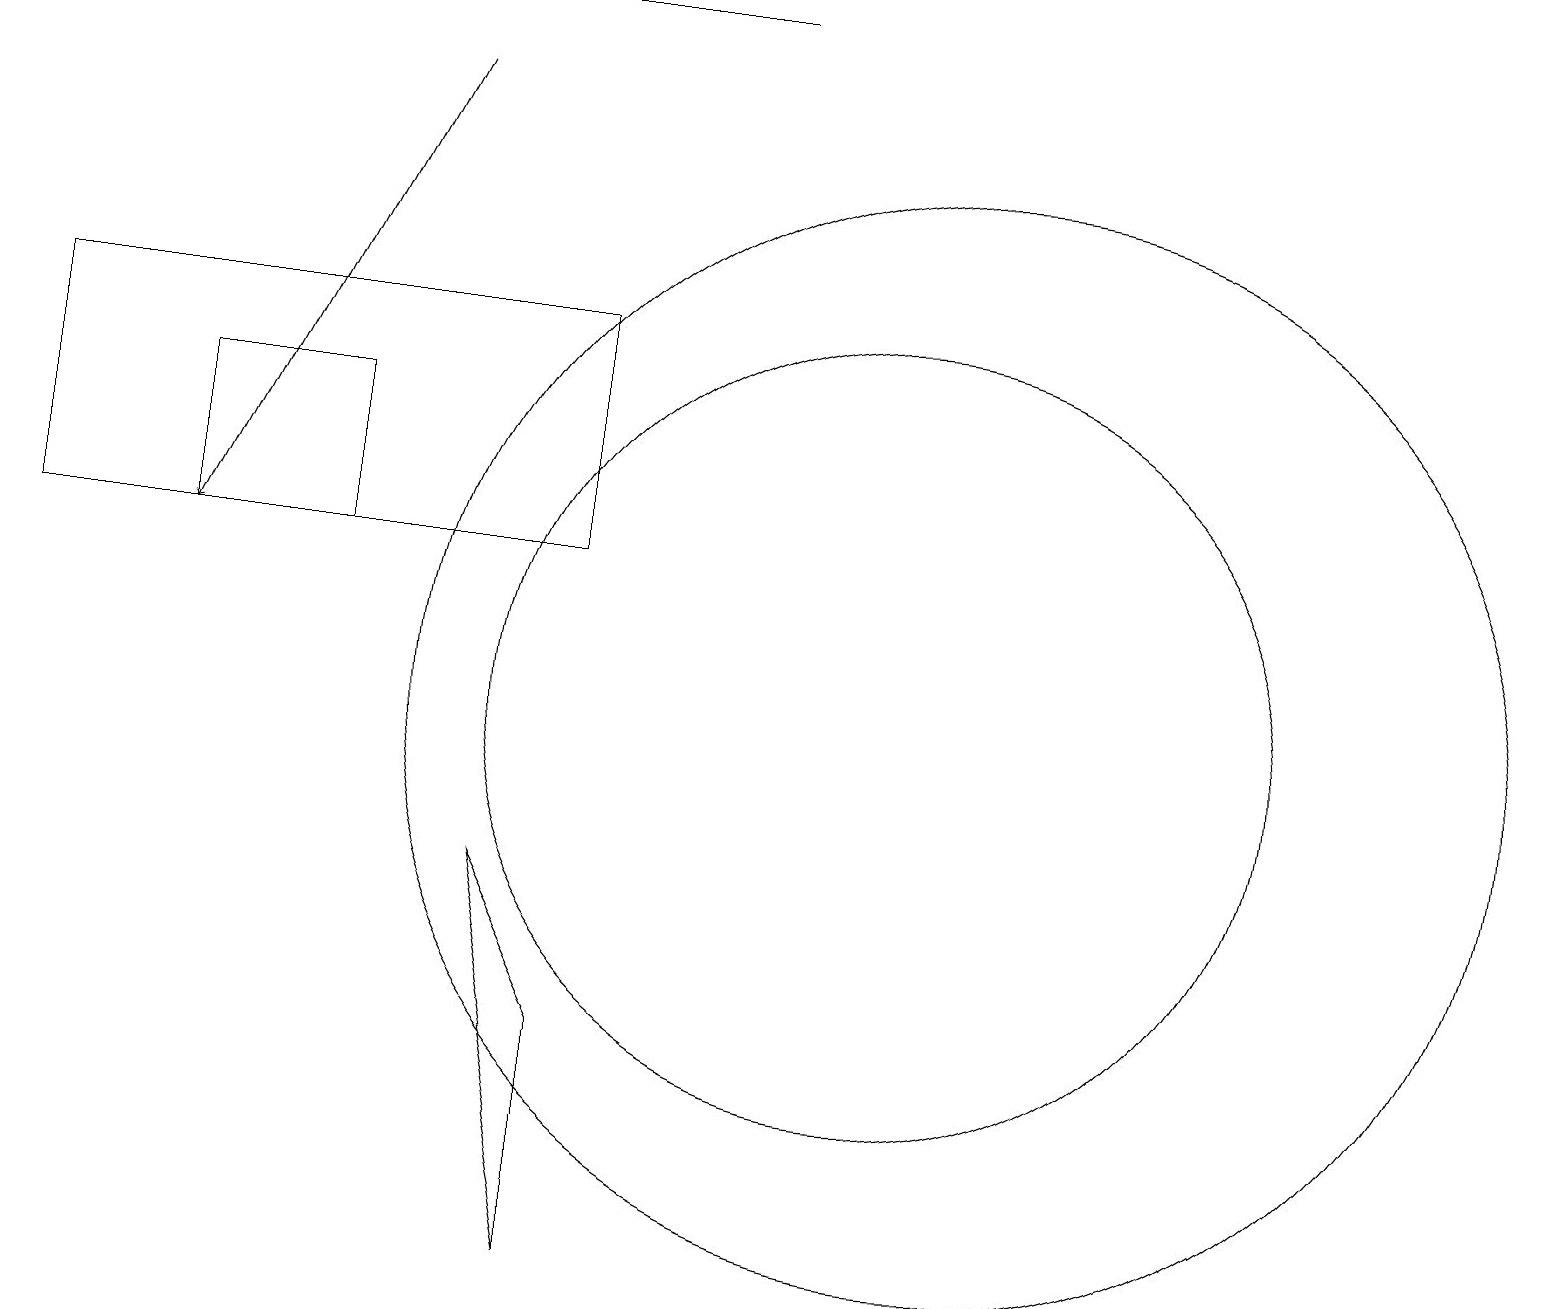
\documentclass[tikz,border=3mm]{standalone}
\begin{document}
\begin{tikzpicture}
\draw (11,10) circle (5);
\draw (4,12) rectangle (2,14);
\draw[->] (5,18) -- (2,12);
\draw (7,12) rectangle (0,15);
\draw (0,19) rectangle (9,19);
\draw (7,3) -- (6,8) -- (7,6) -- cycle;
\draw (12,10) circle (7);
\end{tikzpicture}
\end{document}